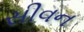
સીવન